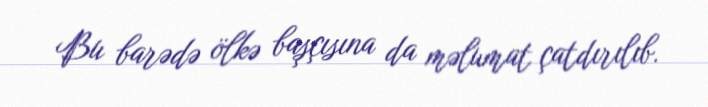
Bu barədə ölkə başçısına da məlumat çatdırılıb.